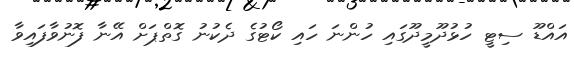
އައްޑޫ ސިޓީ ހުޅުދޫމީދޫގައި ހުންނަ ހައި ކޯޓުގެ ދެކުނު ގޮތްޕަށް އޭނާ ފޮނުވާފައިވާ